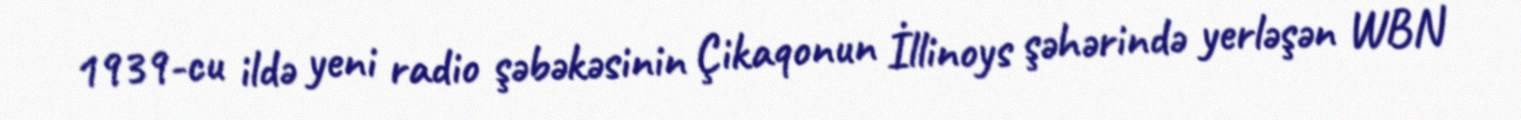
1939-cu ildə yeni radio şəbəkəsinin Çikaqonun İllinoys şəhərində yerləşən WBN